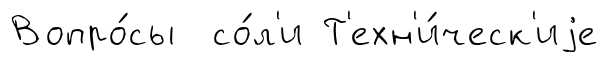
Вопро́сы со́л'и Т'ехн'и́ческ'иjе